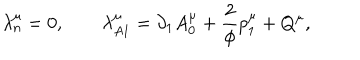
\lambda _ { n } ^ { \mu } = 0 , \qquad \lambda _ { A 1 } ^ { \mu } = \partial _ { 1 } A _ { 0 } ^ { \mu } + \frac 2 \phi p _ { 1 } ^ { \mu } + Q ^ { \mu } ,